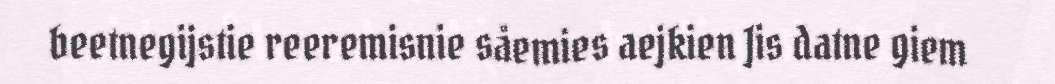
beetnegijstie reeremisnie såemies aejkien Jis datne giem